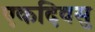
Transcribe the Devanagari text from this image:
एकदिवसु